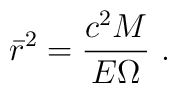
\bar r^2={c^2 M\over E\Omega}\ .